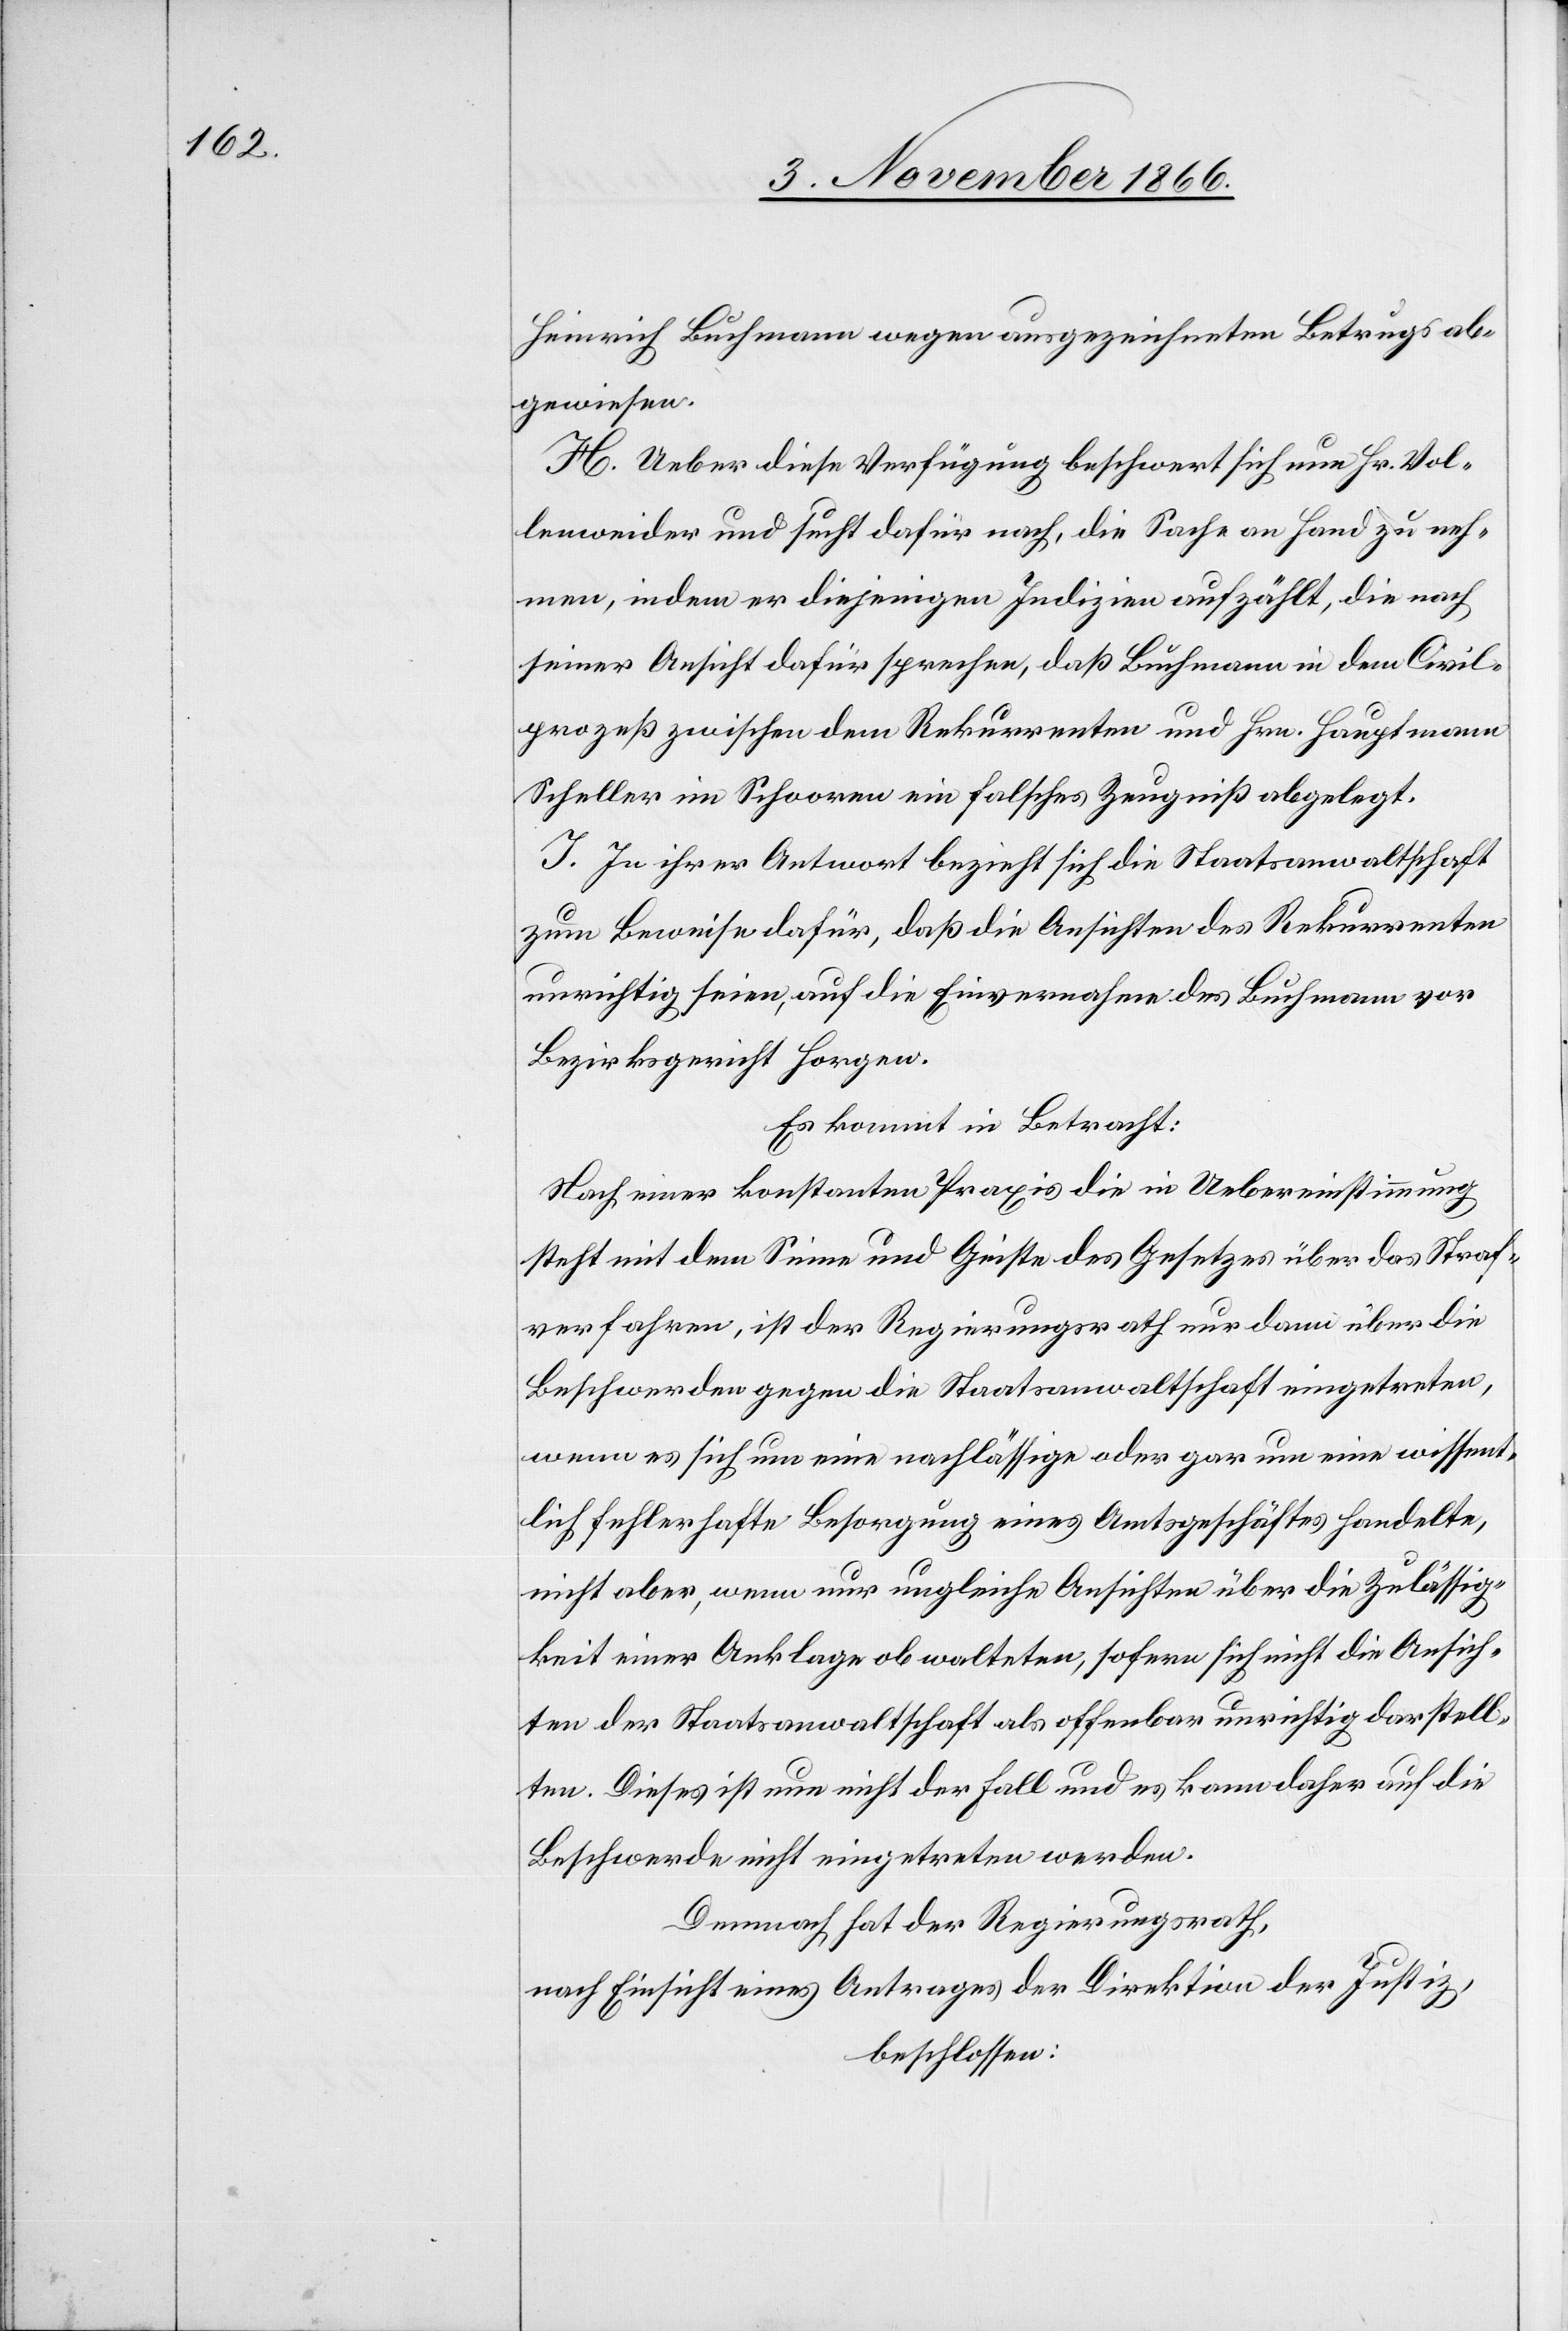
Heinrich Buchmann wegen ausgezeichnetem Betrugs ab¬
gewiesen.
H. Ueber diese Verfügung beschwert sich nun Hr. Vol¬
lenweider und sucht dafür nach, die Sache an Hand zu neh¬
men, indem er diejenigen Indizien aufzählt, die nach
seiner Ansicht dafür sprechen, daß Buchmann in dem Civil¬
prozeß zwischen dem Rekurrenten und Hrn. Hauptmann
Scheller im Schooren ein falsches Zeugniß abgelegt.
I. In ihrer Antwort bezieht sich die Staatsanwaltschaft
zum Beweise dafür, daß die Ansichten des Rekurrenten
unrichtig seien, auf die Einvernahme des Buchmann vor
Bezirksgericht Horgen.
Es kommt in Betracht:
Nach einer konstanten Praxis die in Uebereinstimmung
steht mit dem Sinne und Geiste des Gesetzes über das Straf¬
verfahren, ist der Regierungsrath nur dann über die
Beschwerden gegen die Staatsanwaltschaft eingetreten,
wenn es sich um eine nachlässige oder gar um eine wissent¬
lich fehlerhafte Besorgung eines Amtsgeschäftes handelte,
nicht aber, wenn nur ungleiche Ansichten über die Zulässig¬
keit einer Anklage obwalteten, sofern sich nicht die Ansich¬
ten der Staatsanwaltschaft als offenbar unrichtig darstell¬
ten. Dieses ist nun nicht der Fall und es kann daher auf die
Beschwerde nicht eingetreten werden.
Demnach hat der Regierungsrath,
nach Einsicht eines Antrages der Direktion der Justiz,
beschlossen: